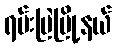
ရမ်းဗြဲမြို့နယ်